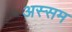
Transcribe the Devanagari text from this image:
अस्सम